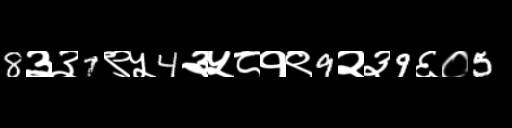
Text: 8३३7९५4३५८१९9२३9६०5